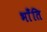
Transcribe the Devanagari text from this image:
भाँंति